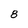
Character: 8